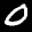
Label: 0